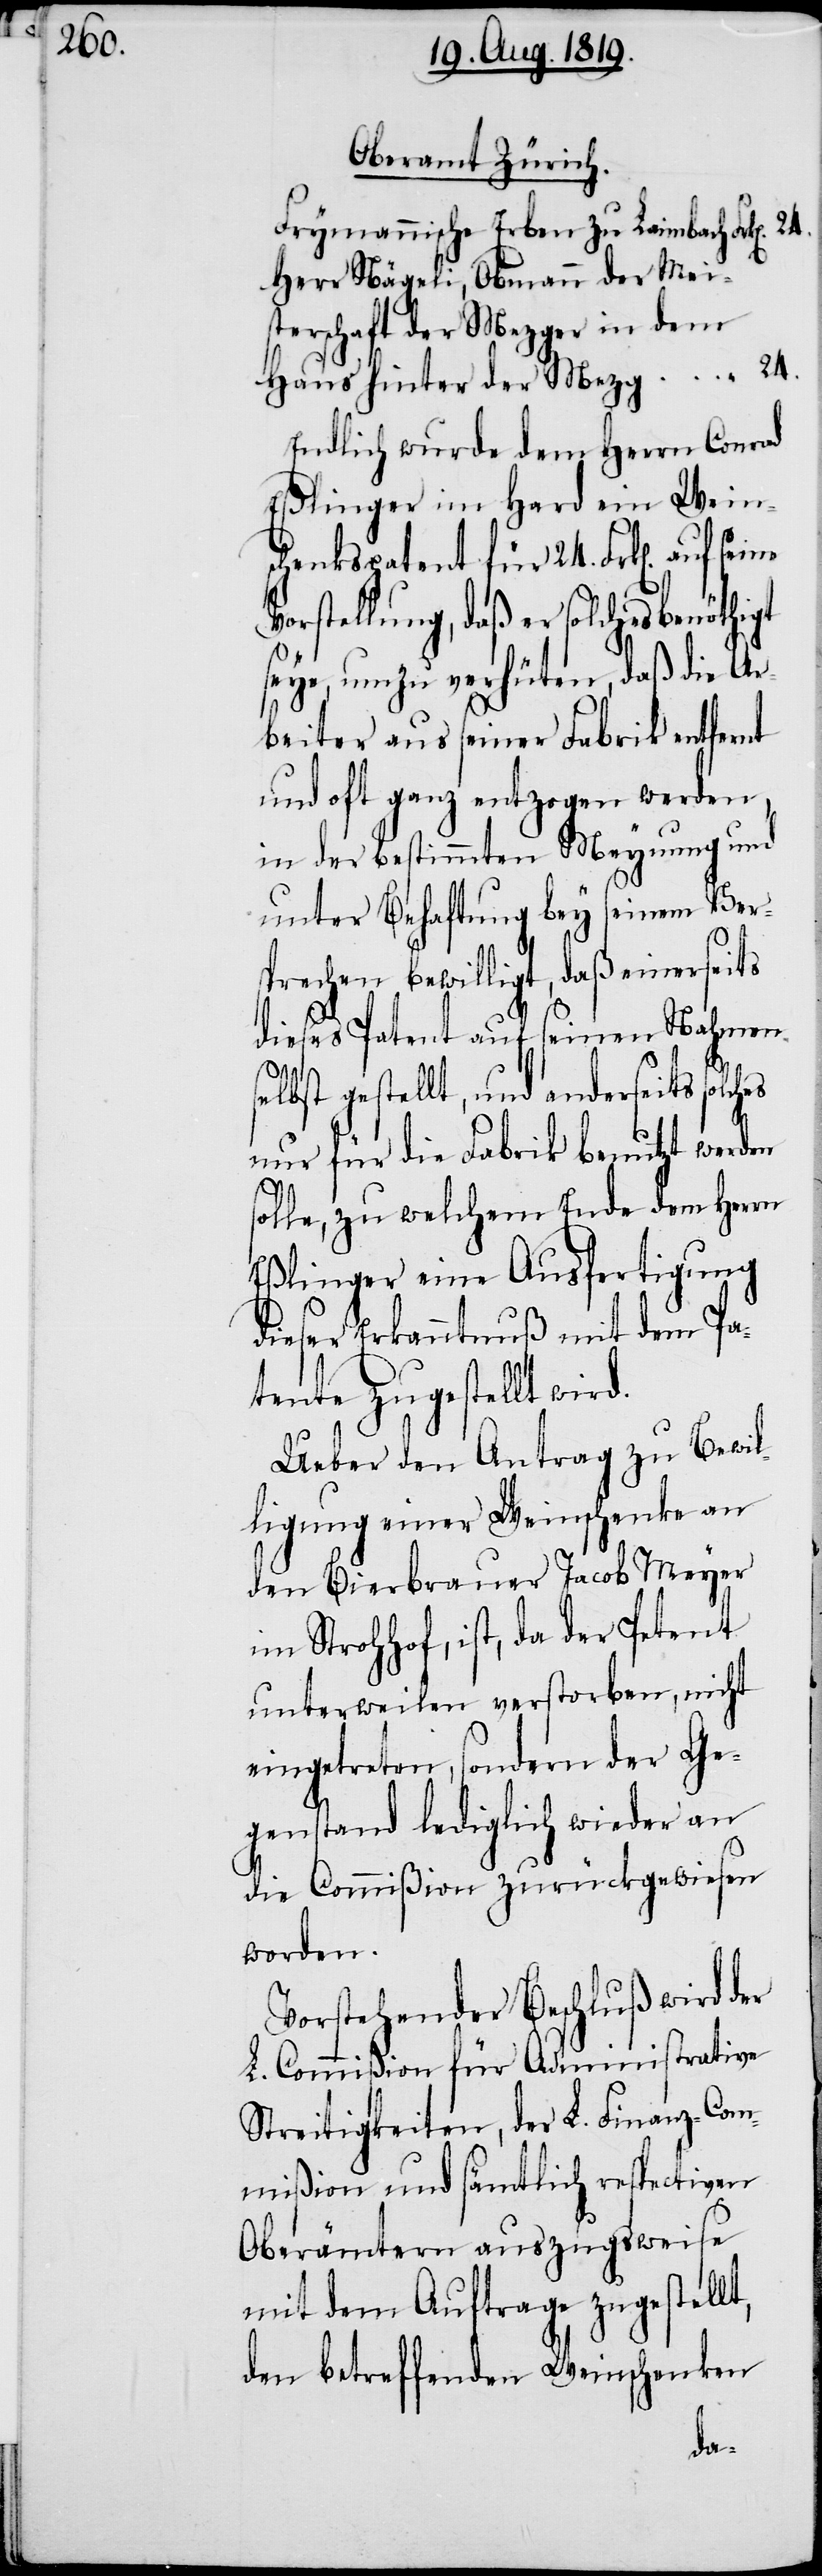
Oberamt Zürich.
Frymannische Erben zu Leimbach
Herr Nägeli, Obmann der Mei¬
sterschaft der Mezger in dem
Haus hinter der Mezg
Endlich wurde dem Herrn Conrad
Eßlinger im Hard ein Weins¬
chenkspatent für 24. Frk[en]. auf
Vorstellung, daß er solches benöthigt
seye, um zu verhüten, daß die Ar¬
beiter aus seiner Fabrik entfernt
und oft ganz entzogen werden,
in der bestimmten Meynung und
unter Behaftung bey seinem Ver¬
sprechen bewilligt, daß einerseits
dieses Patent auf seinen Nahmen
selbst gestellt, und anderseits solches
nur für die Fabrik benutzt werden
solle, zu welchem Ende dem Herrn
Eßlinger eine Ausfertigung
dieser Erkanntnuß mit dem Pa¬
tente zugestellt wird.
Ueber den Antrag zu Bewil¬
ligung einer Weinschenke an
den Bierbrauer Jacob Meyer
im Strohhof, ist, da der Petent
unterweilen verstorben, nicht
eingetreten, sondern der Ge¬
genstand lediglich wieder an
die Commißion zurückgewiesen
worden.
Vorstehender Beschluß wird der
L. Commißion für Administrative
Streitigkeiten, der L. Finanz-Com¬
mißion und sämtlich respectiven
Oberämtern auszugsweise
mit dem Auftrage zugestellt,
den betreffenden Weinschenken